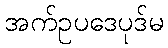
အက်ဥပဒေပုဒ်မ